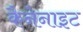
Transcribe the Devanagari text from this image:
कैनेनाइट